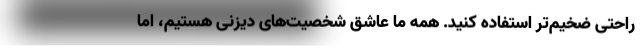
راحتی ضخیم‌تر استفاده کنید. همه ما عاشق شخصیت‌های دیزنی هستیم، اما